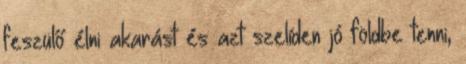
feszülő élni akarást és azt szelíden jó földbe tenni,